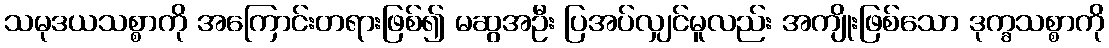
သမုဒယသစ္စာကို အကြောင်းတရားဖြစ်၍ မဆွအဦး ပြအပ်လျှင်မူလည်း အကျိုးဖြစ်သော ဒုက္ခသစ္စာကို